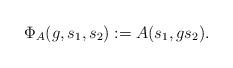
LaTeX: \begin{align*} \Phi_A(g,s_1,s_2):=A(s_1,gs_2). \end{align*}